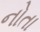
નોતા